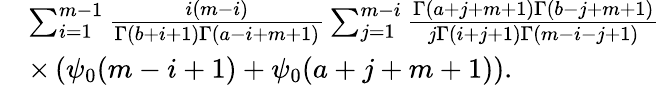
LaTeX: \begin{array}{rl}{\! \! \! \! \! \! \! \! \! \! \! \! \! \! \! \! }&{\sum_{i=1}^{m-1}\frac{i(m-i)}{\Gamma(b+i+1)\Gamma(a-i+m+1)}\sum_{j=1}^{m-i}\frac{\Gamma(a+j+m+1)\Gamma(b-j+m+1)}{j\Gamma(i+j+1)\Gamma(m-i-j+1)}}\\ {\! \! \! \! \! \! \! \! \! \! \! \! \! \! \! \! }&{\times\left(\psi_{0}(m-i+1)+\psi_{0}(a+j+m+1)\right).}\end{array}